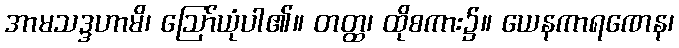
အာမသဒ္ဒဟာမိ၊ ဩော်ယုံပါ၏။ တတ္ထ၊ ထိုစကား၌။ ယေနကာရဏေန၊